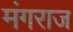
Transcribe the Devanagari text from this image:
मंगराज